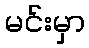
မင်းမှာ